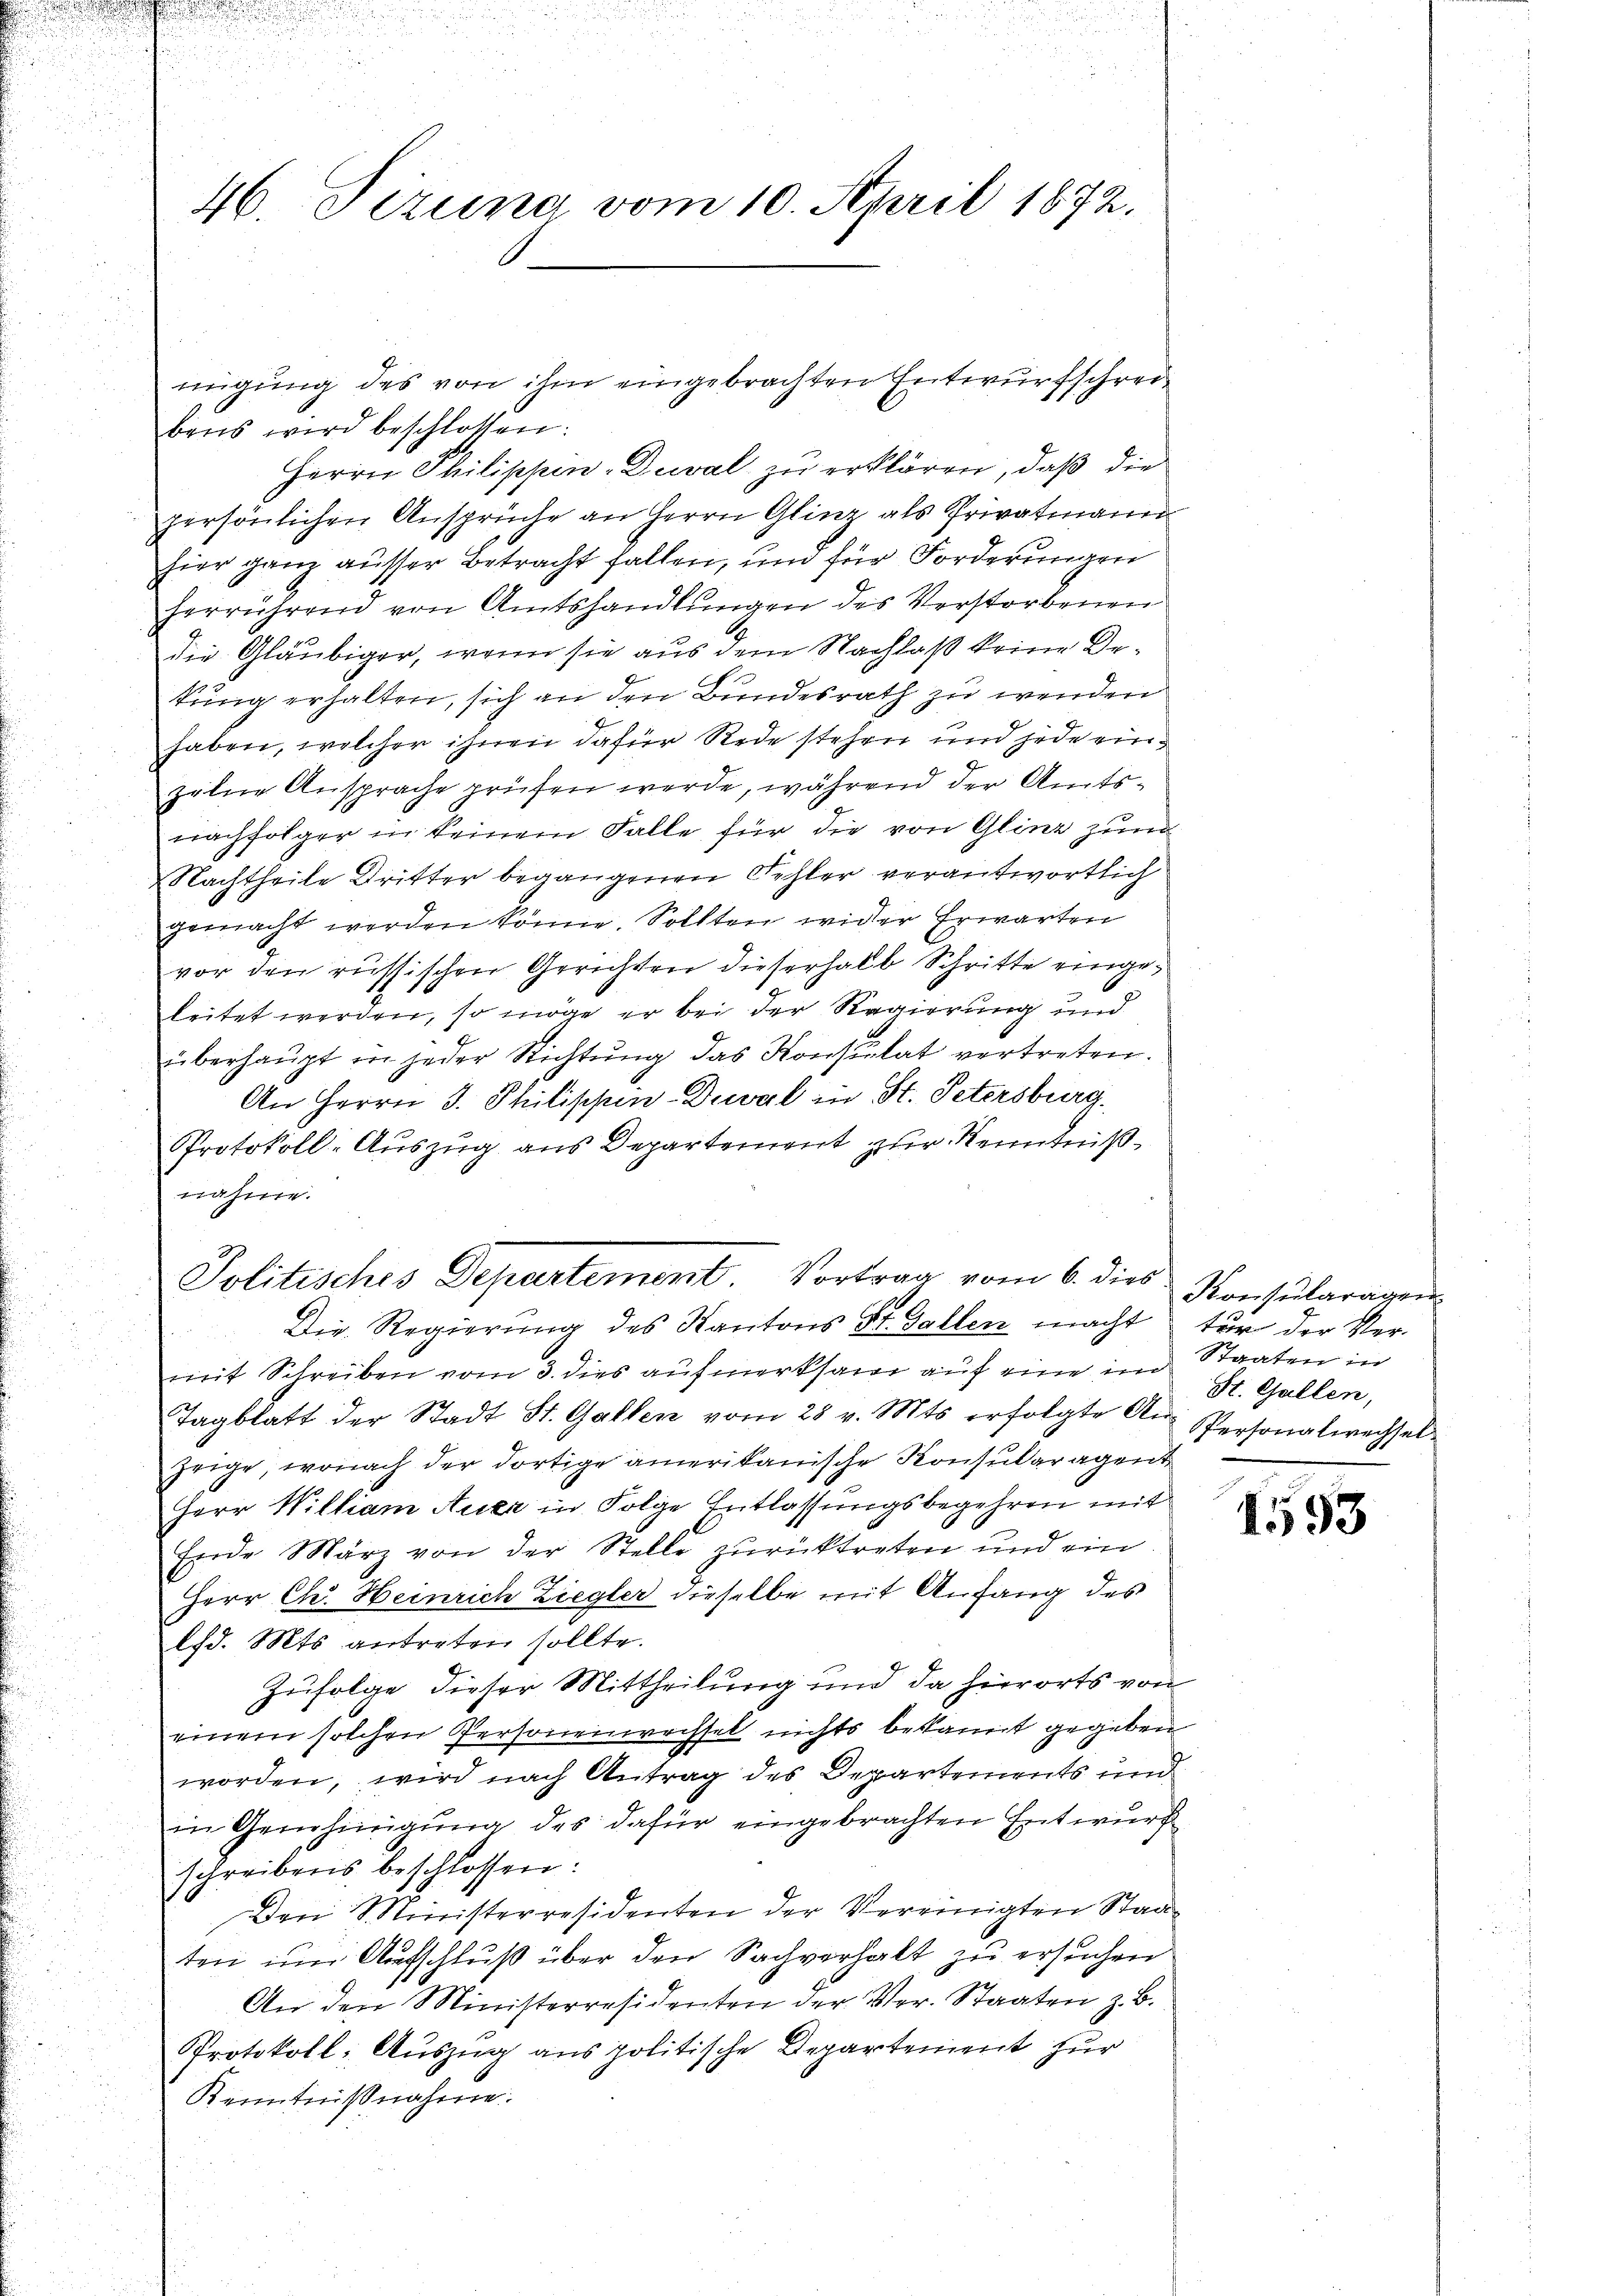
46. Pizuna vom 10. April 1872.

bens wird beschlossen:
Herrn Philippin-Duval zu erklären, daß die
persönlichen Ansprüche an Herrn Glinz als Privatmann
hier ganz ausser Betracht fallen, und für Forderungen
herrührend von Amtshandlungen des Verstorbenen
die Gläubiger, wenn sie aus dem Nachlaß keine Detung erhalten, sich an den Bundesrath zu wenden
haben, welcher ihnen dafür Rede stehen und jede einzelne Ansprache prüfen werde, während der Amtsnachfolger in keinem Falle für die von Glinz zum
Nachtheile Dritter begangenen Fehler verantwortlich
gemacht werden könne. Sollten wider Erwarten
vor den russischen Gerichten dieserhalb Schritte eingeleitet werden, so möge er bei der Regierung und
überhaupt in jeder Richtung das Konsulat vertreten.
An Herrn J. Philippen-Duval in St. Petersburg.
Protokoll-Auszug aus Departement zur Kenntnißnahme.
Politisches Departement. Vortrag vom 6. dies
Die Regierung des Kantons St. Gallen macht
mit Schreiben vom 3. dies aufmerksam auf eine im Staaten in
Tagblatt der Stadt St. Gallen vom 28 v. Mts. erfolgte Aŭ- Personalwechsel-
zeige, wonach der dortige amerikanische Konsularagen
Herr William Auer in Folge Entlassungsbegehren mit
Ende März von der Stelle zurücktreten und ein
Herr Ch. Heinrich Ziegler dieselbe mit Anfang des
lfd. Mts. antreten sollte.
Zufolge dieser Mittheilung und da hierorts von
einem solchen Personenwechsel nichts bekannt gegeben
worden, wird nach Antrag des Departements und
in Genehmigung des dafür eingebrachten Entwurf
schreibens beschlossen:
Den Ministerresidenten der Vereinigten Staaten um Aufschluß über den Sachverhalt zu ersuchen
An den Ministerresidenten der Ver- Staaten z. B.
Protokoll: Auszug aus politische Departement zur
Kenntnißnahme.

migung des von ihm eingebrachten Entwurfschrei¬

Konsularagen
tur der Ver-
St. Gallen,

1553